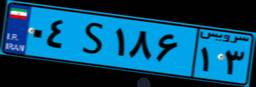
۲۸S۱۶۹۶۲